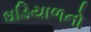
ઘડિયાળનો